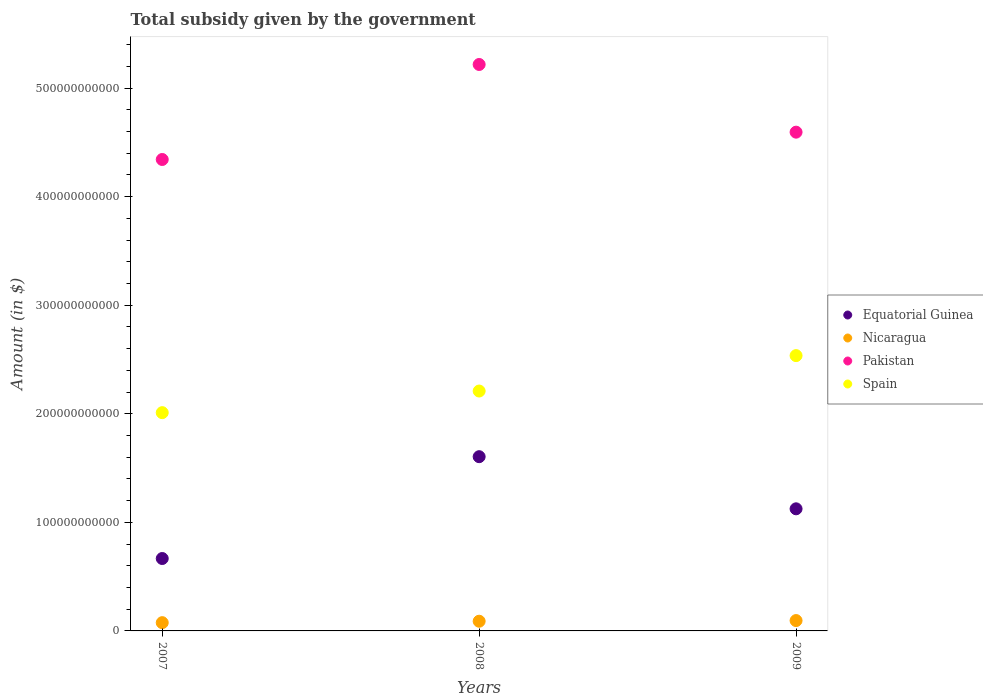
| Years | Equatorial Guinea | Nicaragua | Pakistan | Spain |
 | --- | --- | --- | --- | --- |
 | 2007 | 6.67e+10 | 7.6e+09 | 4.34e+11 | 2.01e+11 |
 | 2008 | 1.6e+11 | 8.93e+09 | 5.22e+11 | 2.21e+11 |
 | 2009 | 1.12e+11 | 9.54e+09 | 4.59e+11 | 2.54e+11 |